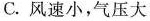
C.风速小，气压大